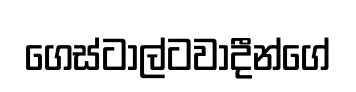
ගෙස්ටාල්ටවාදීන්ගේ